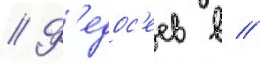
// Ф'едос'еев в //